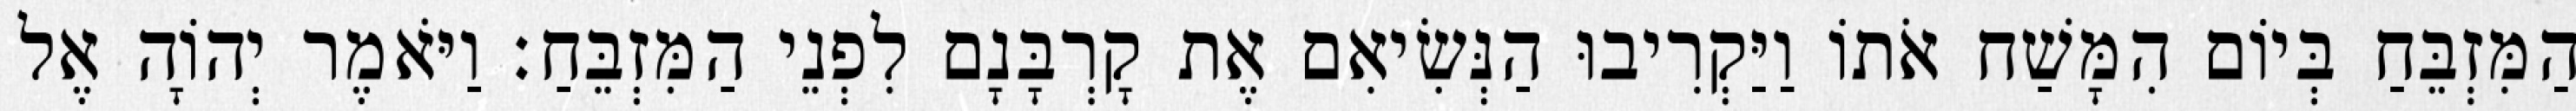
הַמִּזְבֵּחַ בְּיוֹם הִמָּשַׁח אֹתוֹ וַיַּקְרִיבוּ הַנְּשִׂיאִם אֶת קָרְבָּנָם לִפְנֵי הַמִּזְבֵּחַ׃ וַיֹּאמֶר יְהוָֹה אֶל